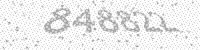
Solution: 848822